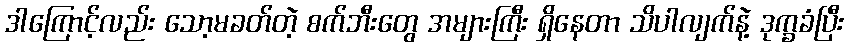
ဒါကြောင့်လည်း သော့မခတ်တဲ့ စက်ဘီးတွေ အများကြီး ရှိနေတာ သိပါလျက်နဲ့ ဒုက္ခခံပြီး